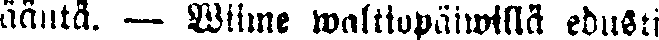
ääntä. — Wiime waltiopäiwillä edusti